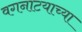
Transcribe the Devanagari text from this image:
वगनाटयाच्या